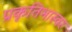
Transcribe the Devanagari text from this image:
प्रकृतिभास्वर